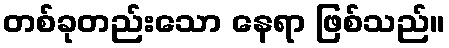
တစ်ခုတည်းသော နေရာ ဖြစ်သည်။